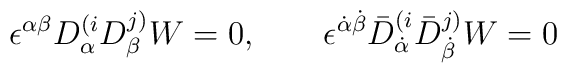
\epsilon^{\alpha\beta}D^{(i}_{\alpha} D^{j)}_{\beta} W = 0, \qquad \epsilon^{\dot\alpha \dot\beta}\bar D^{(i}_{\dot\alpha} \bar D^{j)}_{\dot\beta} W = 0